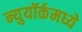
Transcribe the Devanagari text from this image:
न्युयॉर्कमध्ये